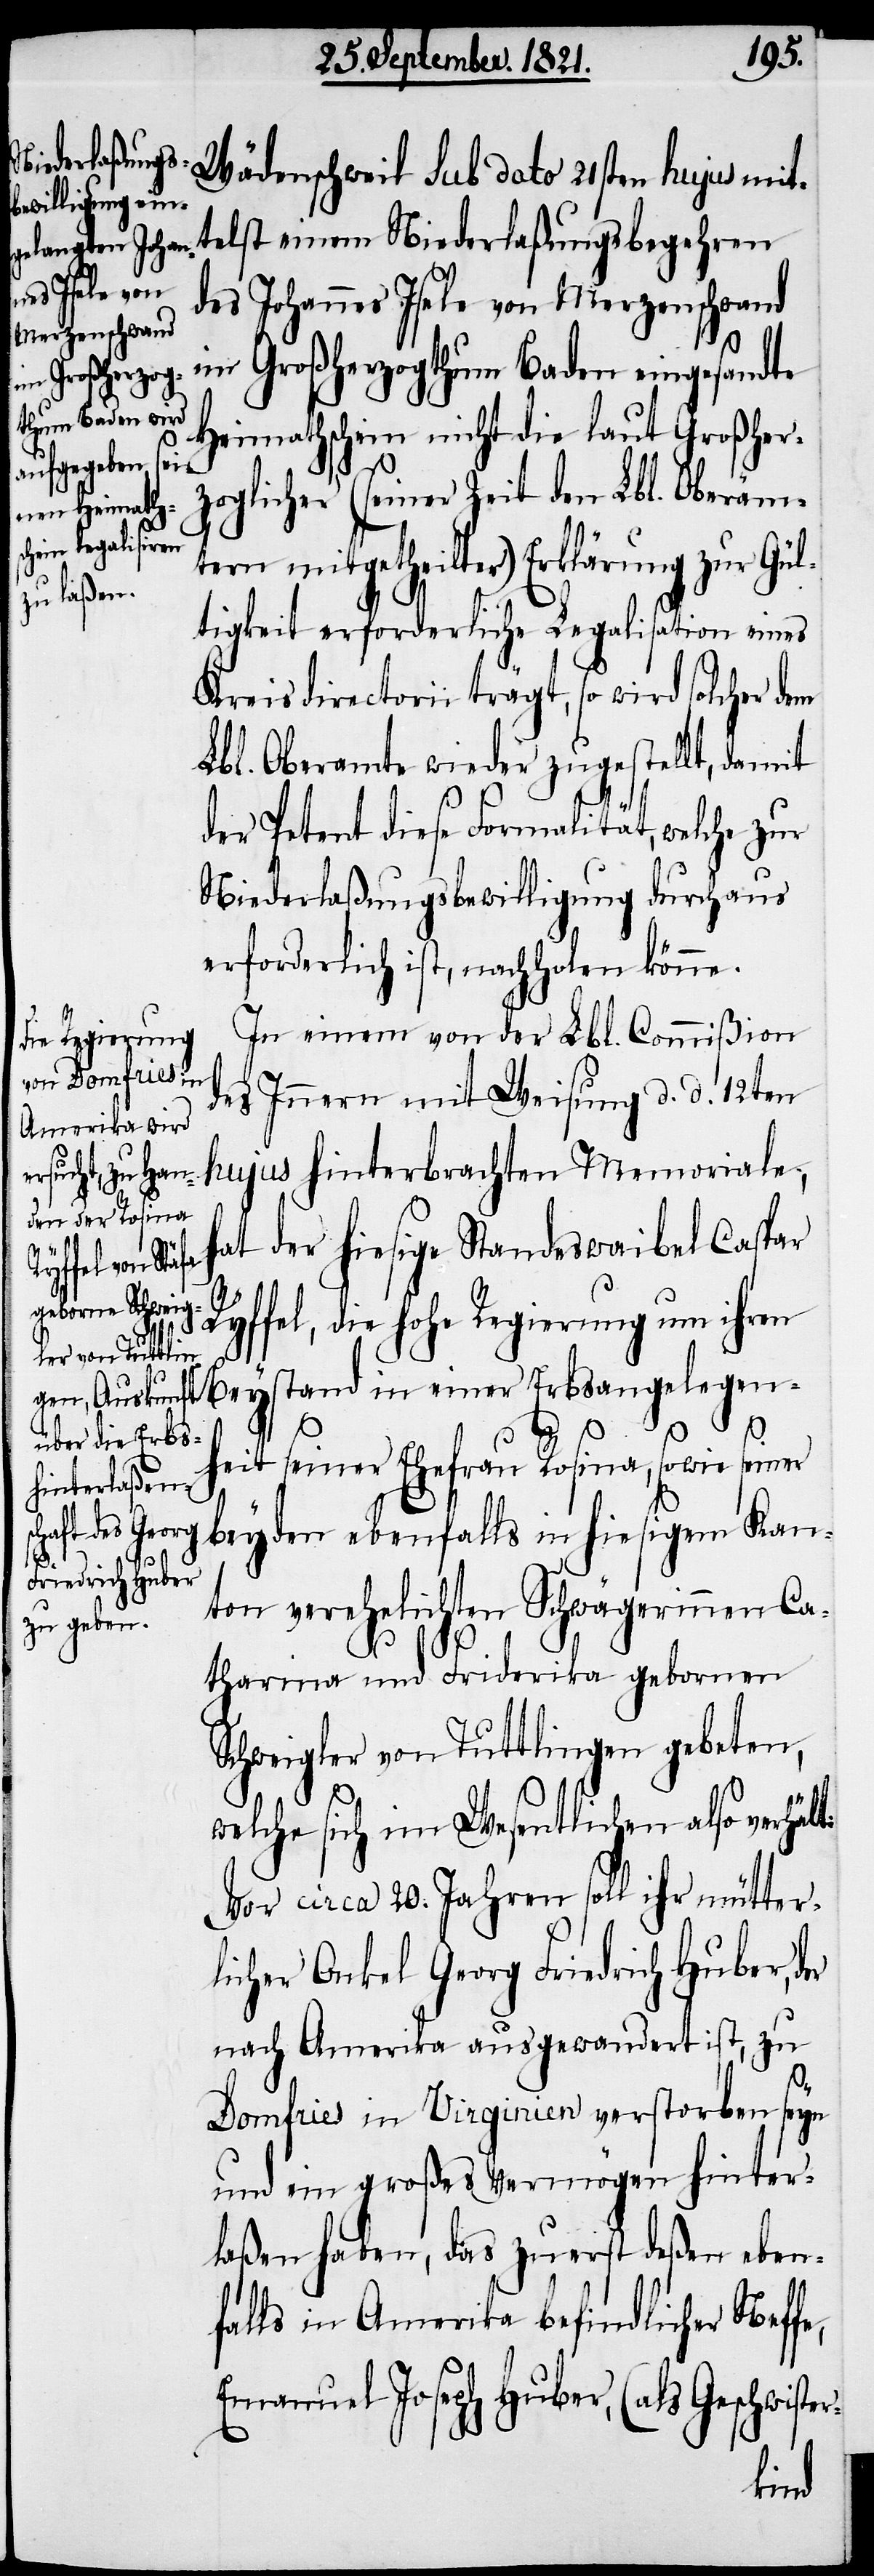
Niederlaßung¬
Wädenschweil sub dato 21sten hujus mit¬
des Johannes Isele von Merzenschwand
im Großherzogthum Baden eingesandte
Heimathschein nicht die laut Großher¬
zoglicher (seiner Zeit den Lbl. Oberäm¬
in einer
tern mitgetheilter) Erklärung zur Gül¬
tigkeit erforderliche Legalisation eines
Kreisdirectorii trägt, so wird solcher dem
Lbl. Oberamte wieder zugestellt, damit
der Petent diese Formalität, welche zur
Niederlaßungsbewilligung durchaus
erforderlich ist, nachholen könne.
In einem von der Lbl. Commißion
des Innern mit Weisung d. d. 12ten
hujus hinterbrachten Memoriale,
hat der hiesige Standeswaibel Caspar
Erbsangelegen¬
Ryffel, die hohe Regierung um ihren
t:
heit seiner Ehefrau Rosina, sowie seiner
beyden ebenfalls in hiesigem Kan¬
ton verehelichten Schwägerinnen Ca¬
sbegehren
e,
tharina und Friderika gebornen
Schweigler von Tuttlingen gebeten,
welche sich im Wesentlichen also verhäl¬
Vor circa 20. Jahren soll ihr mütter¬
licher Onkel Georg Friedrich Huber,
nach Amerika ausgewandert ist, zu
Domfries in Virginien verstorben seyn
und ein großes Vermögen hinter¬
laßen haben, das zuerst deßen eben¬
falls in Amerika befindlicher Neff¬
Emanuel Joseph Huber, (als Geschwis¬
ter-